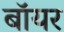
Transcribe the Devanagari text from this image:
बॉयर